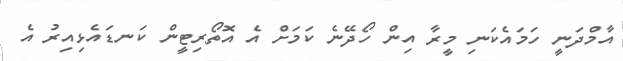
އާމްދަނީ ހަމައެކަނި މީރާ އިން ހޯދޭނެ ކަމަށް އެ އޮތޯރިޓީން ކަނޑައެޅިއިރު އެ